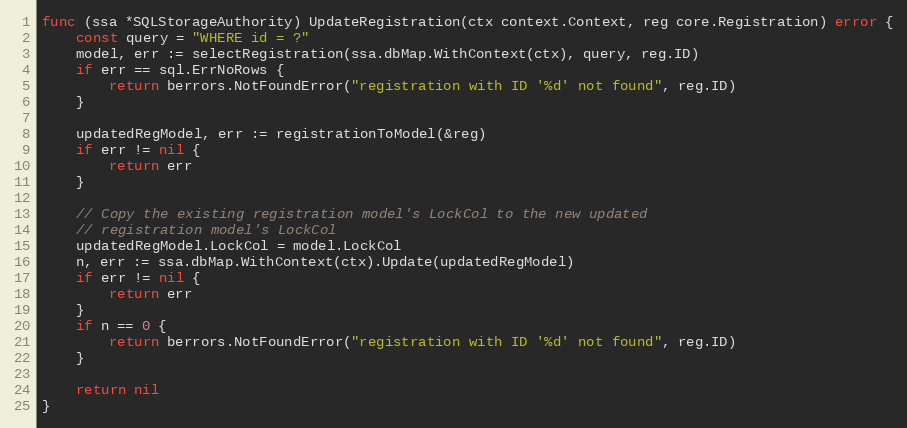
Language: Go
func (ssa *SQLStorageAuthority) UpdateRegistration(ctx context.Context, reg core.Registration) error {
	const query = "WHERE id = ?"
	model, err := selectRegistration(ssa.dbMap.WithContext(ctx), query, reg.ID)
	if err == sql.ErrNoRows {
		return berrors.NotFoundError("registration with ID '%d' not found", reg.ID)
	}

	updatedRegModel, err := registrationToModel(&reg)
	if err != nil {
		return err
	}

	// Copy the existing registration model's LockCol to the new updated
	// registration model's LockCol
	updatedRegModel.LockCol = model.LockCol
	n, err := ssa.dbMap.WithContext(ctx).Update(updatedRegModel)
	if err != nil {
		return err
	}
	if n == 0 {
		return berrors.NotFoundError("registration with ID '%d' not found", reg.ID)
	}

	return nil
}